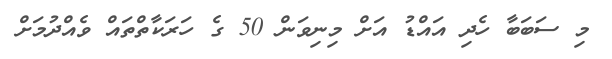
މި ސަބަބާ ހެދި އައްޑު އަށް މިނިވަން 50 ގެ ހަރަކާތްތައް ވެއްދުމަށް